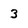
Character: 3